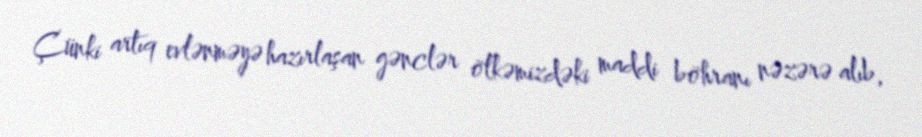
Çünki artıq evlənməyə hazırlaşan gənclər ölkəmizdəki maddi böhranı nəzərə alıb,